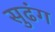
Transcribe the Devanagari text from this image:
सुढंग